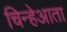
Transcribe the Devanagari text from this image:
चिन्हेआता